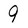
Character: 9